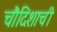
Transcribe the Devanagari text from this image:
चौदिशाची